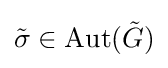
{\tilde {\sigma }}\in \mathrm {Aut} ({\tilde {G}})